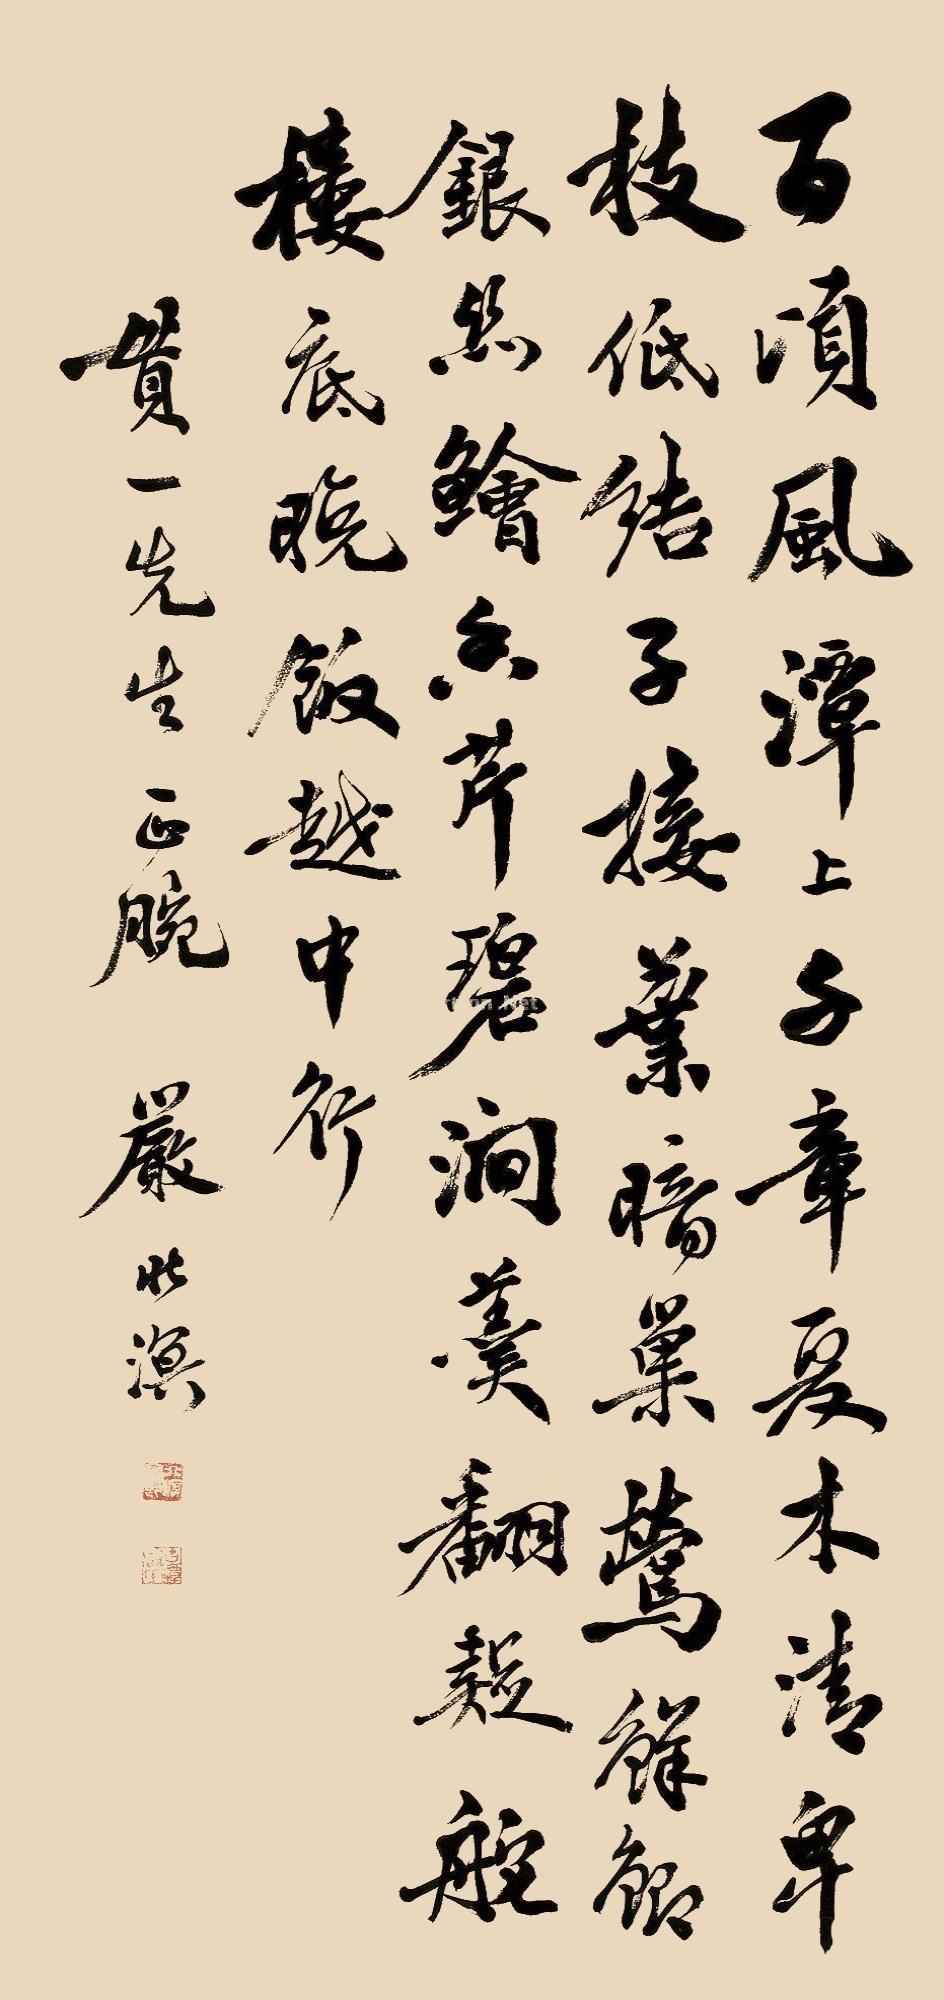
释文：百顷风潭上，千章夏木清。卑枝低结子，接叶暗巢莺。鲜鲫银丝脍，香芹碧涧羹。翻疑柁楼底，晚饭越中行。贯一先生正腕，严北溟。